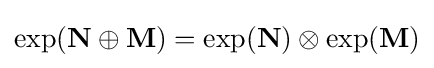
\exp({\mathbf {N} \oplus \mathbf {M} })=\exp(\mathbf {N} )\otimes \exp(\mathbf {M} )